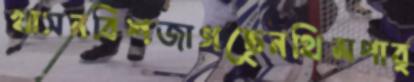
খাসনবিশজাগছেনথিমপার্